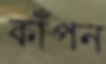
কাঁপন